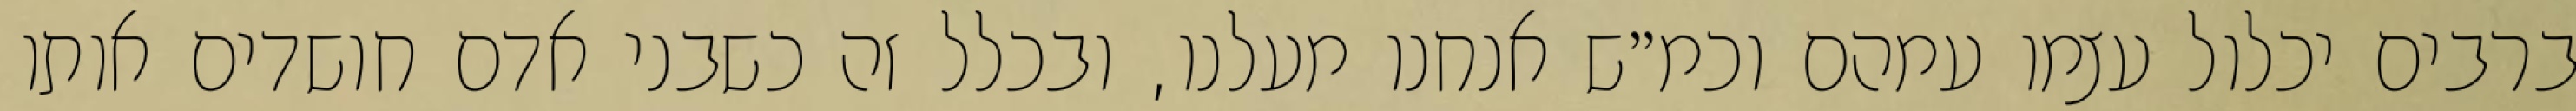
ברבים יכלול עצמו עמהם וכמ״ש אנחנו מעלנו, ובכלל זה כשבני אדם חושדים אותו